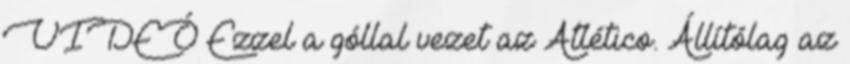
VIDEÓ Ezzel a góllal vezet az Atlético. Állítólag az